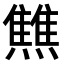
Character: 𤒏